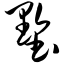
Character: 墅